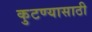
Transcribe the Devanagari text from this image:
कुटण्यासाठी